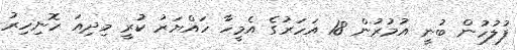
ފުލުހުން ބުނީ އުމުރުން 18 އަހަރުގެ އެމީހާ ހައްޔަރު ކުރީ މިދިއަ ހޮނިހިރު